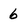
Character: 6